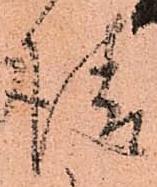
請